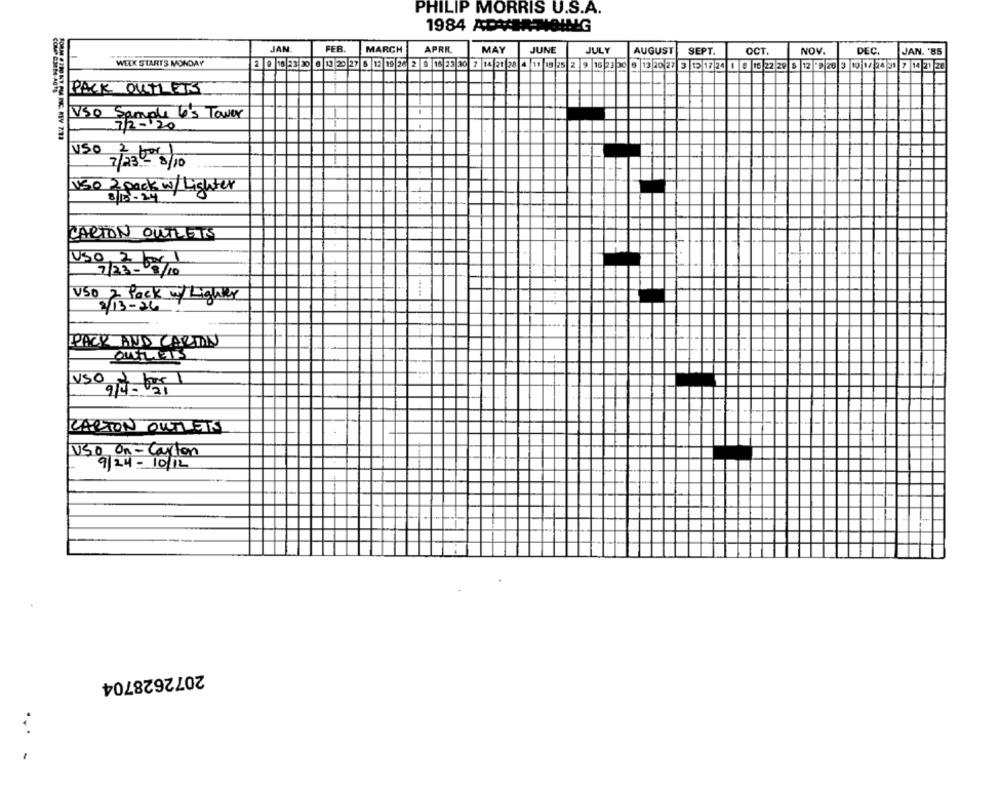
PHILIP MORRIS U.S.A.
1984 ADVIRANOING
JAN
FEB.
MARCH
APRIL
MAY
JUNE
JULY
AUGUST
SEPT.
OCT.
NOV.
DEC.
JAN. '85
WELK STARTS MONDAY
2 9 15 23 20 0 13 20 27 6 12 19 26 2 9 16 23 30 7 14 21 28 4 19 19 25 2 9 16 23 00 6 13 20 27 3 15 17 24 1 8 15 22 29 5 12 9 20 3 10 1/ 24 31 7 14 21 28
PACK OUTLETS
VSO
Sample 6's Tower
USO
3-8/10
N50 2 pack w / Lighter
CARTON OUTLETS
7/23- /10
2/13-84% w / Lighter
....
PACK AND CARTON
OUTLETS
USO
CARTON OUTLETS
Uso On - Carton
9/24 - 10/12
2072628704
.. .